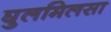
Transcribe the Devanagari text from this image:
घुलमिलसा